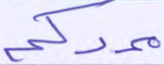
ممدكم